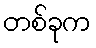
တစ်ခုက